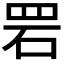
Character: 𫅂